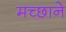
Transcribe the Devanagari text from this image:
मच्छाने